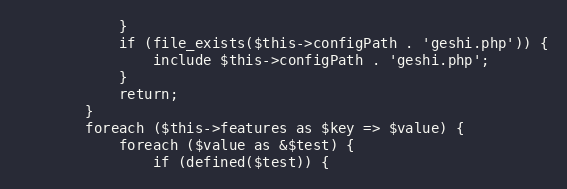
Language: PHP
            }
            if (file_exists($this->configPath . 'geshi.php')) {
                include $this->configPath . 'geshi.php';
            }
            return;
        }
        foreach ($this->features as $key => $value) {
            foreach ($value as &$test) {
                if (defined($test)) {